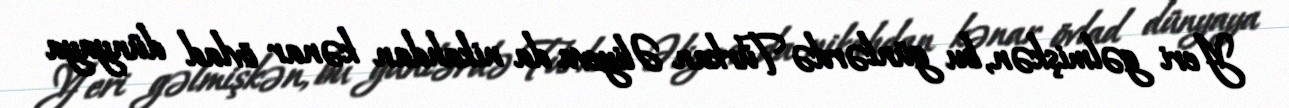
Yeri gəlmişkən, bu günlərdə Türkan Əliyeva da nikahdan kənar övlad dünyaya